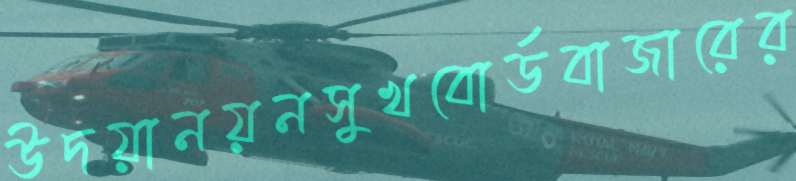
উদয়ানয়নসুখবোর্ডবাজারের